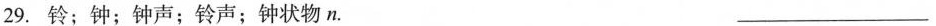
29.铃；钟；钟声；铃声；钟状物n. ____